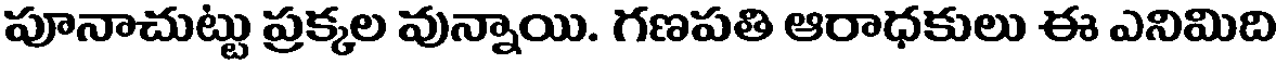
పూనాచుట్టు ప్రక్కల వున్నాయి. గణపతి ఆరాధకులు ఈ ఎనిమిది